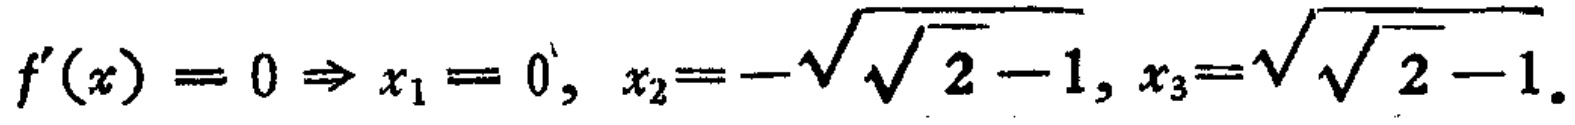
\[f^{\prime}(x)=0 \Rightarrow x_{1}=0, x_{2}=-\sqrt{\sqrt{2}-1}, x_{3}=\sqrt{\sqrt{2}-1}.\]